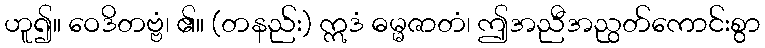
ဟူ၍။ ဝေဒိတဗ္ဗံ၊ ၏။ (တနည်း) ဣဒံ ဓမ္မဇာတံ၊ ဤအညီအညွတ်ကောင်းစွာ